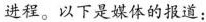
进程。以下是媒体的报道：